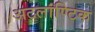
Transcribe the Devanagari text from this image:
अटलांण्टिक